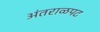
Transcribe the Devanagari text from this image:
अंतराळपट